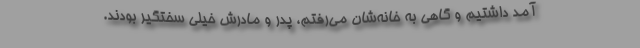
آمد داشتیم و گاهی به خانه‌شان می‌رفتم، پدر و مادرش خیلی سختگیر بودند.